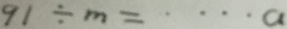
9 1 \div m = \cdots a